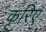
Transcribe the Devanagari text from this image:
कृरिए